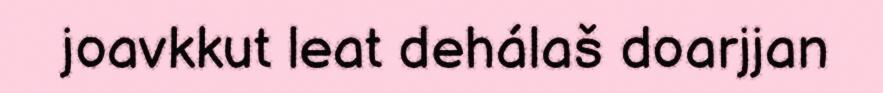
joavkkut leat dehálaš doarjjan